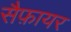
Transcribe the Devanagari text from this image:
सैफ़ायर